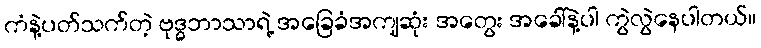
ကံနဲ့ပတ်သက်တဲ့ ဗုဒ္ဓဘာသာရဲ့ အခြေခံအကျဆုံး အတွေး အခေါ်နဲ့ပါ ကွဲလွဲနေပါတယ်။